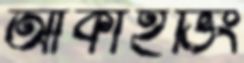
আর্কাইভিং